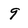
Character: 9